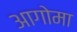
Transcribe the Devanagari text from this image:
आगोमा